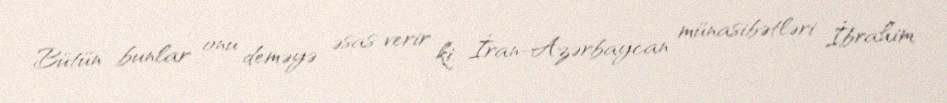
Bütün bunlar onu deməyə əsas verir ki, İran-Azərbaycan münasibətləri İbrahim